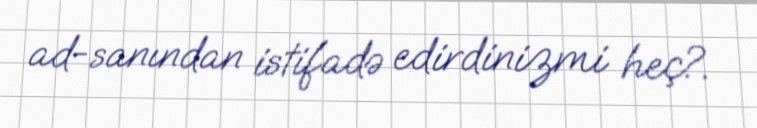
ad-sanından istifadə edirdinizmi heç?.